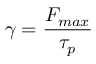
\gamma = { \frac { F _ { m a x } } { \tau _ { p } } }